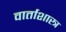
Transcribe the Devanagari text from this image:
वार्ताशास्त्र